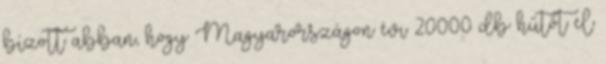
bízott abban, hogy Magyarországon évi 20000 db hűtőt el